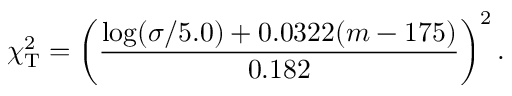
\chi _ { \mathrm { T } } ^ { 2 } = \left( { \frac { \log ( \sigma / 5 . 0 ) + 0 . 0 3 2 2 ( m - 1 7 5 ) } { 0 . 1 8 2 } } \right) ^ { 2 } .